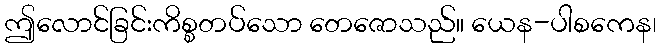
ဤလောင်ခြင်းကိစ္စတပ်သော တေဇောသည်။ ယေန-ပါစကေန၊